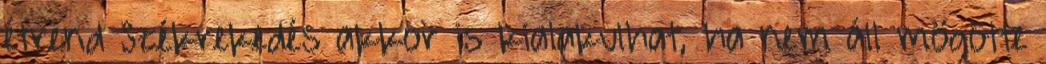
étrend Székrekedés akkor is kialakulhat, ha nem áll mögötte